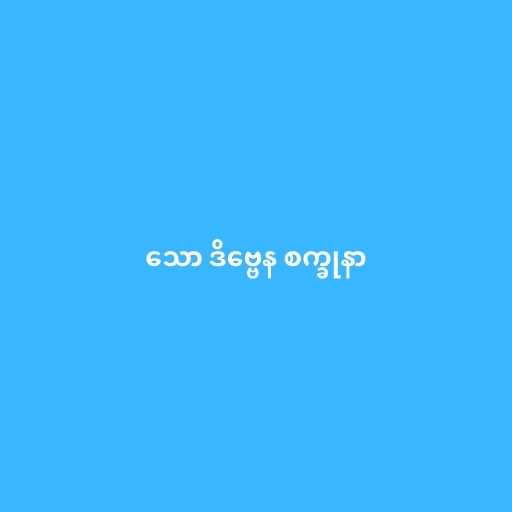
သော ဒိဗ္ဗေန စက္ခုနာ